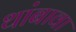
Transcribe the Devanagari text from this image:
थांबावा